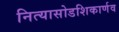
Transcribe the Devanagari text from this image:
नित्यासोडशिकार्णव